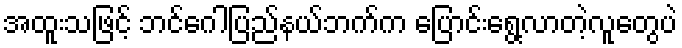
အထူးသဖြင့် ဘင်ဂေါပြည်နယ်ဘက်က ပြောင်းရွေ့လာတဲ့လူတွေပဲ